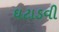
ઘટાડવી